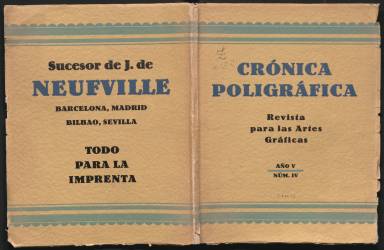
Título: Crónica poligráfica
Colección: Artes gráficas
Ámbito geográfico: Barcelona
Lugar de publicación: Barcelona
Fechas: 01/01/1924-31/12/1924